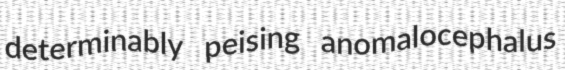
determinably peising anomalocephalus